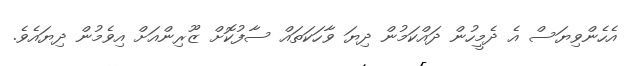
އެހެންވިޔަސް އެ ދެމީހުން ދައްކަމުން ދިޔަ ވާހަކަތައް ސާފުކޮށް ޒޫރިންއަށް އިވެމުން ދިޔައެވެ.